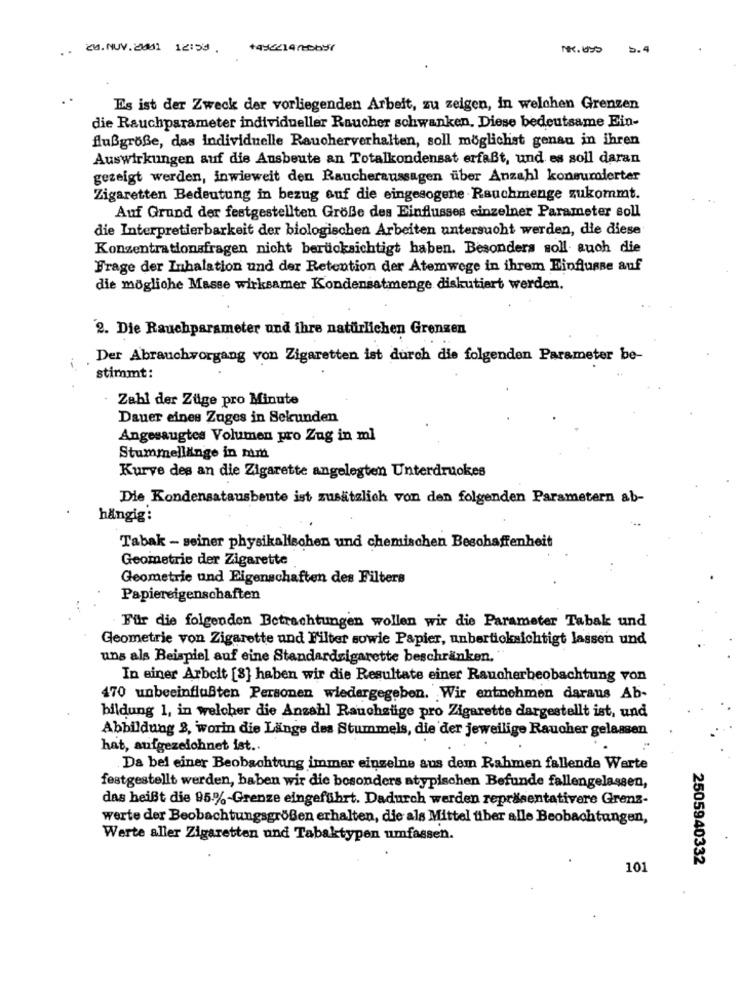
. .
Zu.NUV.2001 12:59 .
Es ist der Zweck der vorliegenden Arbeit, zu zeigen, in welchen Grenzen
die Rauchparameter individueller Raucher schwanken, Diese bedeutsame Ein-
flußgröße, das individuelle Raucherverhalten, soll möglichst genau in ihren
Auswirkungen auf die Ausbeute an Totalkondensat erfaßt, und es soll daran
gezeigt werden, inwieweit den Raucheraussagen über Anzahl konsumierter
Zigaretten Bedeutung in bezug auf die eingesogene Rauchmenge zukommt.
Auf Grund der festgestellten Größe des Einflusses einzelner Parameter soll
die Interpretierbarkeit der biologischen Arbeiten untersucht werden, die diese
Konzentrationsfragen nicht berücksichtigt haben. Besonders soll auch die
Frage der Inhalation und der Retention der Atemwege in ihrem Einflusse auf
die mögliche Masse wirksamer Kondensatmenge diskutiert werden.
2. Die Rauchparameter und ihre natürlichen Grenzen
Der Abrauchvorgang von Zigaretten ist durch die folgenden Parameter be-
stimmt:
Zahl der Züge pro Minute
Dauer eines Zuges in Sekunden
Angesaugtes Volumen pro Zug in ml
Stummellänge in mim
Kurve des an die Zigarette angelegten Unterdruckes
Die Kondensatausbeute ist zusätzlich von den folgenden Parametern ab-
hängig:
Tabak - seiner physikalischen und chemischen Beschaffenheit
Geometrie der Zigarette
Geometrie und Eigenschaften des Filters
Papiereigenschaften
. Für die folgenden Betrachtungen wollen wir die Parameter Tabak und
Geometrie von Zigarette und Filter sowie Papier, unberticksichtigt lassen und
uns als Beispiel auf eine Standardsigarette beschränken.
In einer Arbeit [8] haben wir die Resultate einer Raucherbeobachtung von
470 unbeeinflußten Personen wiedergegeben. Wir entnehmen daraus Ab-
bildung 1, in welcher die Anzahl Rauchzüge pro Zigarette dargestellt ist, und
Abbildung 3, worin die Länge des Stummels, die der jeweilige Raucher gelassen
hat, aufgezeichnet ist ..
Da bei einer Beobachtung immer einzelne aus dem Rahmen fallende Warte
festgestellt werden, haben wir die bosonders atypischen Befunde fallengelassen,
das heißt die 95%-Grenze eingeführt. Dadurch werden repräsentativere Grenz-
werte der Beobachtungsgrößen erhalten, die als Mittel fiber alle Beobachtungen,
Werte aller Zigaretten und Tabaktypen umfassen.
2505940332
101